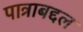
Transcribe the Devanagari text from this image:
पात्राबद्दल